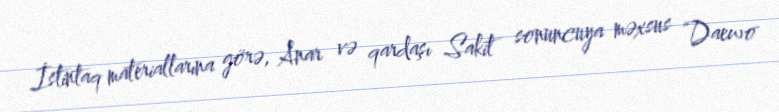
İstintaq materiallarına görə, Anar və qardaşı Sakit sonuncuya məxsus “Daewo